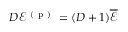
D \mathscr { E } ^ { \mathrm { ~ ( ~ p ~ ) ~ } } = ( D + 1 ) \overline { { \mathscr { E } } }